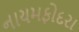
નાયમફોદરા